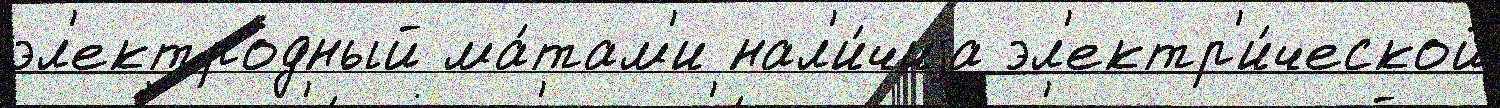
эл'ектродный ма́там'и нал'и́чиjа эл'ектр'и́ческой